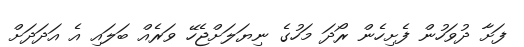
ފަށާ ދުވަހުން ފެށިހެން ރޯދަ މަހުގެ ނިޔަލަށްޖެހޭ ވަރެއް ބަލައި އެ އަދަދަށް